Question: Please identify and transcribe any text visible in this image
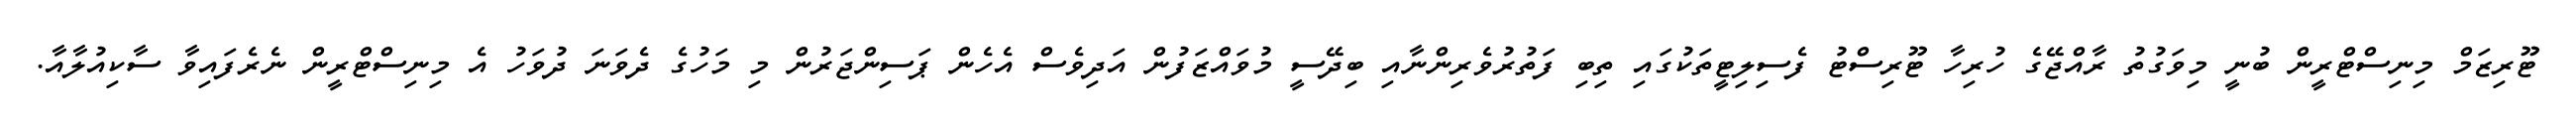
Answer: ޓޫރިޒަމް މިނިސްޓްރީން ބުނީ މިވަގުތު ރާއްޖޭގެ ހުރިހާ ޓޫރިސްޓު ފެސިލިޓީތަކުގައި ތިބި ފަތުރުވެރިންނާއި ބިދޭސީ މުވައްޒަފުން އަދިވެސް އެހެން ޕަސިންޖަރުން މި މަހުގެ ދެވަނަ ދުވަހު އެ މިނިސްޓްރީން ނެރެފައިވާ ސާކިއުލާއާ.